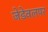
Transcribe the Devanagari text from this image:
जेडेवलपर